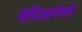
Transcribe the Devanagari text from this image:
पेचिअरोत्तो